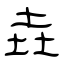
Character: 垚